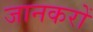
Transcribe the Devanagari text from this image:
जानकरों